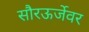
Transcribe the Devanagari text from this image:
सौरऊर्जेवर